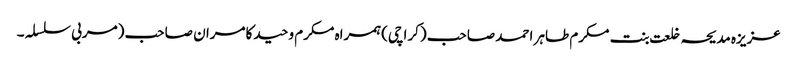
عزیزہ مدیحہ خلعت بنت مکرم طاہر احمد صاحب (کراچی)ہمراہ مکرم وحید کامران صاحب (مربی سلسلہ ۔